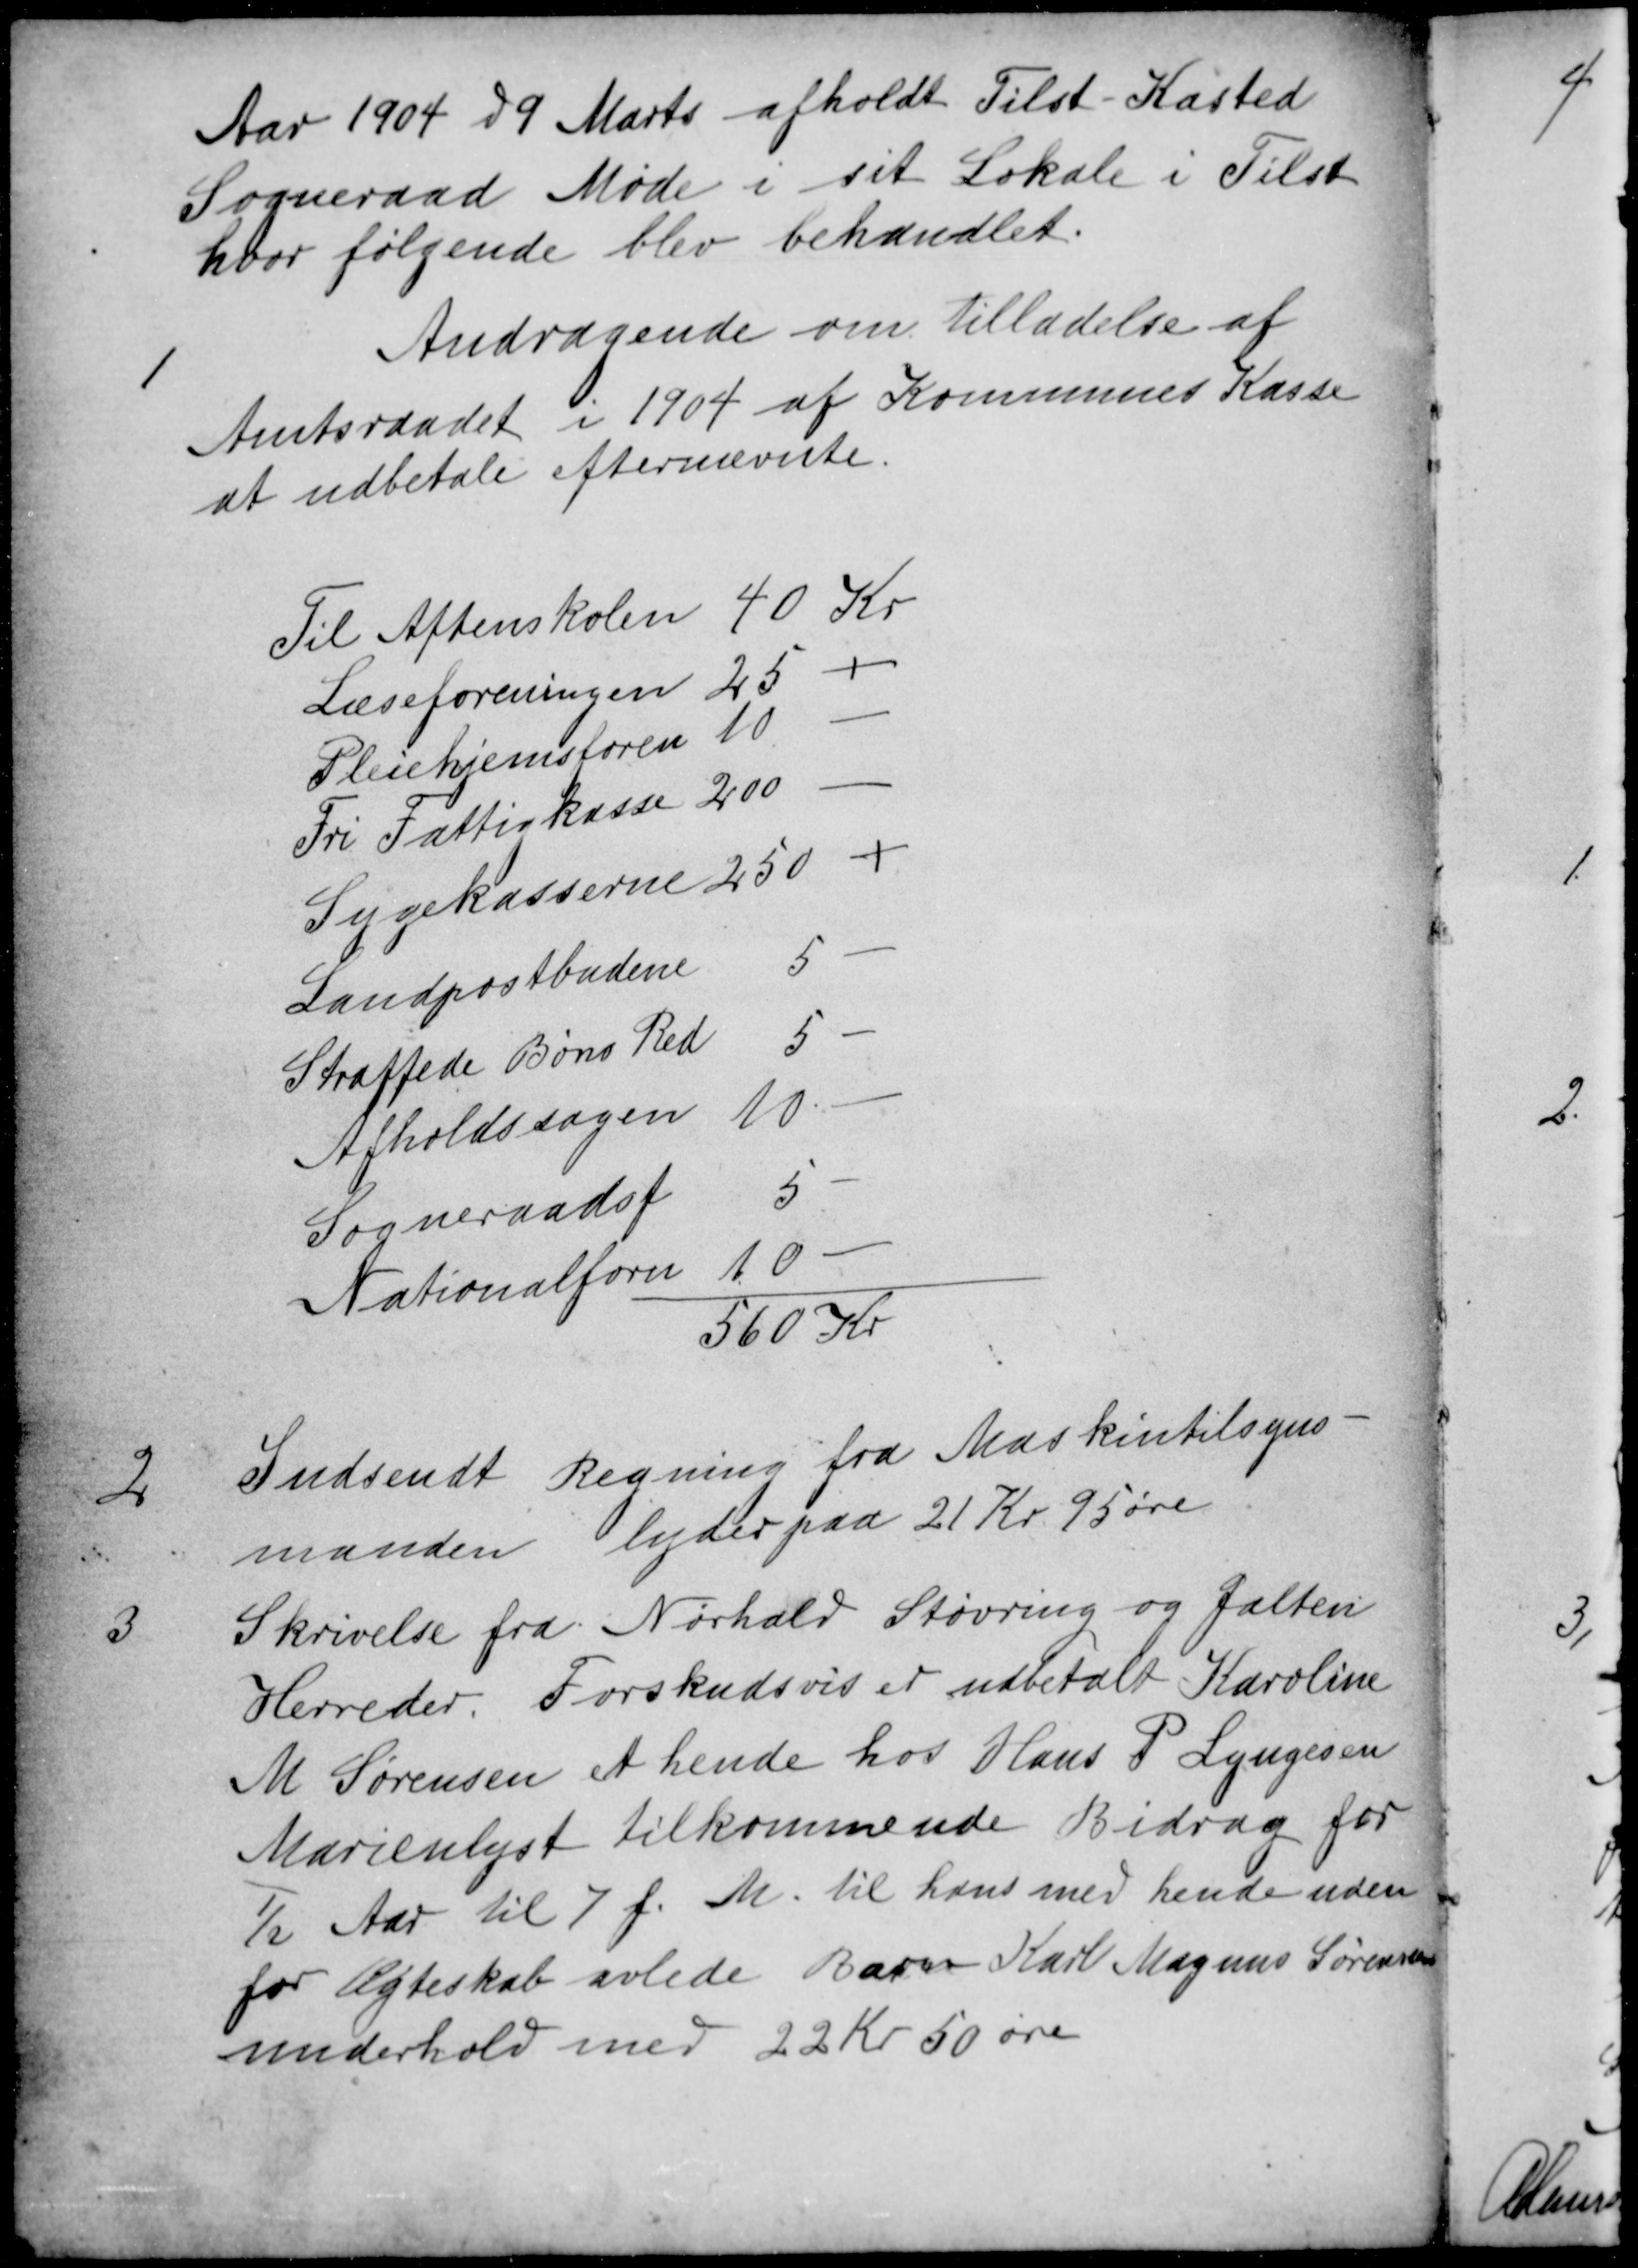
Transskription:
Aar 1904 d 9 Marts afholdt Tilst-Kasted
Sogneraad Møde i sit Lokale i Tilst
hvor følgende blev behandlet.
1
Andragende om Tilladelse af
Amtsraadet i 1904 af Kommunes Kasse
at udbetale efternævnte.
Til Aftenskolen 40 Kr
Læseforeningen 25
Pleiehjemsforen 10
Fri Fattigkasse 200
Sygekasserne 250
Landpostbudene 5
Straffede Bøns Red 5
Afholdssagen 10
Sogneraadsf 5
Nationalforen 10
560 Kr
2
Indsendt Regning fra Maskintilsyns-
manden lyder paa 21 Kr 95 øre
3
Skrivelse fra Nørhald Støvring og Galten
Herreder. Forskudsvis er udbetalt Karoline
M Sørensen et hende hos Hans P. Lyngesen
Marienlyst tilkommende Bidrag for
½ Aar til 7 f. M. til hans med hende uden
for Ægteskab avlede Barn Karl Magnus Sørensens
underhold med 22 Kr. 50 øre